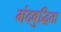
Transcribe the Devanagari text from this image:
मंदबुद्धिता